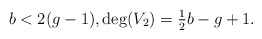
\begin{align*}b<2(g-1),\deg(V_2)=\tfrac12 b- g+1.\end{align*}